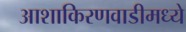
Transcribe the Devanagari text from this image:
आशाकिरणवाडीमध्ये